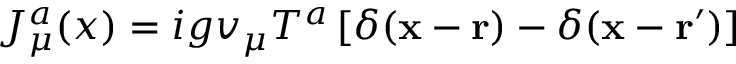
J _ { \mu } ^ { a } ( x ) = i g v _ { \mu } T ^ { a } \left[ \delta ( { \bf x } - { \bf r } ) - \delta ( { \bf x } - { \bf r } ^ { \prime } ) \right]